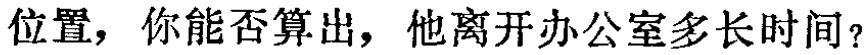
位置，你能否算出，他离开办公室多长时间？